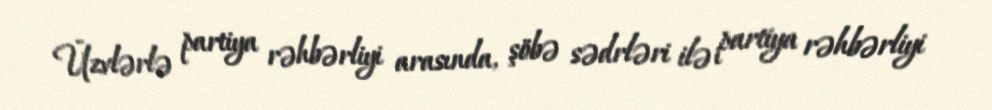
Üzvlərlə partiya rəhbərliyi arasında, şöbə sədrləri ilə partiya rəhbərliyi